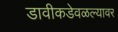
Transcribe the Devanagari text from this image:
डावीकडेवळल्यावर